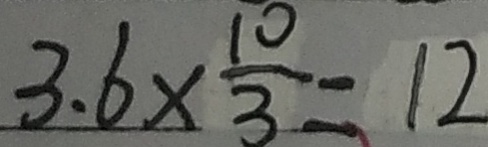
3 . 6 \times \frac { 1 0 } { 3 } = 1 2